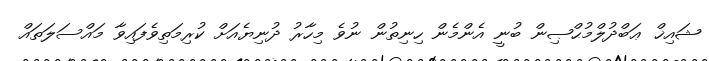
ޝައިޚް ޢަބްދުލްމުޙްޞިން ބުނީ އެންމެން ހިނިތުން ނުވެ މިހާރު ދުނިޔެއަށް ކުރިމަތިވެފައިވާ މައްސަލަތައް